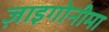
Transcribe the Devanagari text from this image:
ज़ाइगोनीमा